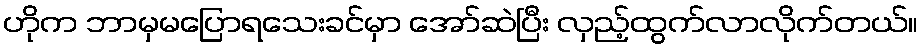
ဟိုက ဘာမှမပြောရသေးခင်မှာ အော်ဆဲပြီး လှည့်ထွက်လာလိုက်တယ်။